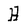
Character: H